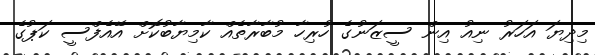
މިދިޔަ އަހަރު ނިއު އިން ސީޒަނުގެ ހުރިހާ މުބާރާތެއް ކާމިޔާބުކޮށް އޭއެފްސީ ކަޕުގެ